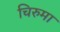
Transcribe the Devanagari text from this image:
चिरुमा